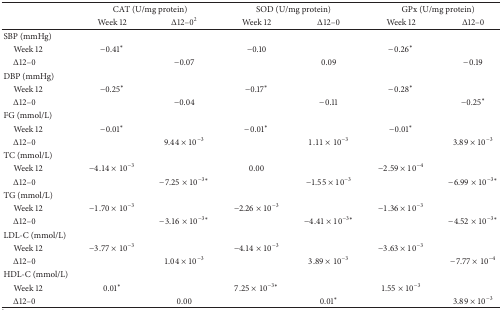
|  | <COLSPAN=2> CAT (U/mg protein) | <COLSPAN=2> SOD (U/mg protein) | <COLSPAN=2> GPx (U/mg protein) |
 |  | Week 12 | Δ12–02 | Week 12 | Δ12–0 | Week 12 | Δ12–0 |
 | --- | --- | --- | --- | --- | --- | --- |
 | SBP (mmHg) |  |  |  |  |  |  |
 | Week 12 | −0.41* |  | −0.10 |  | −0.26* |  |
 | Δ12–0 |  | −0.07 |  | 0.09 |  | −0.19 |
 | DBP (mmHg) |  |  |  |  |  |  |
 | Week 12 | −0.25* |  | −0.17* |  | −0.28* |  |
 | Δ12–0 |  | −0.04 |  | −0.11 |  | −0.25* |
 | FG (mmol/L) |  |  |  |  |  |  |
 | Week 12 | −0.01* |  | −0.01* |  | −0.01* |  |
 | Δ12–0 |  | 9.44 × 10−3 |  | 1.11 × 10−3 |  | 3.89 × 10−3 |
 | TC (mmol/L) |  |  |  |  |  |  |
 | Week 12 | −4.14 × 10−3 |  | 0.00 |  | −2.59 × 10−4 |  |
 | Δ12–0 |  | −7.25 × 10−3∗ |  | −1.55 × 10−3 |  | −6.99 × 10−3∗ |
 | TG (mmol/L) |  |  |  |  |  |  |
 | Week 12 | −1.70 × 10−3 |  | −2.26 × 10−3 |  | −1.36 × 10−3 |  |
 | Δ12–0 |  | −3.16 × 10−3∗ |  | −4.41 × 10−3∗ |  | −4.52 × 10−3∗ |
 | LDL-C (mmol/L) |  |  |  |  |  |  |
 | Week 12 | −3.77 × 10−3 |  | −4.14 × 10−3 |  | −3.63 × 10−3 |  |
 | Δ12–0 |  | 1.04 × 10−3 |  | 3.89 × 10−3 |  | −7.77 × 10−4 |
 | HDL-C (mmol/L) |  |  |  |  |  |  |
 | Week 12 | 0.01* |  | 7.25 × 10−3∗ |  | 1.55 × 10−3 |  |
 | Δ12–0 |  | 0.00 |  | 0.01* |  | 3.89 × 10−3 |